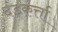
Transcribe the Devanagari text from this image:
दंडकर्त्ता